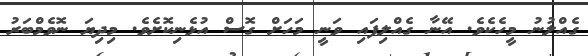
ގެއްލުނު މީހެކެވެ. އޭނާ ގެއްލިފައި ވަނީ މަހަށް ގޮސް އުޅެނިކޮށެވެ. މިދިޔަ ނޮވެމްބަރު